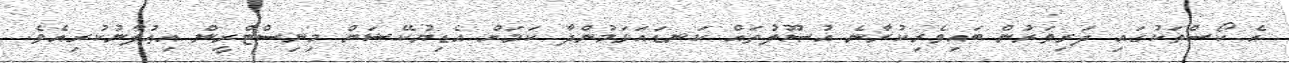
އެ ކޯސްތަކުގައި ދަރިވަރުން ބައިވެރިކުރާނެ އުޞޫލުތައް ކަނޑައަޅަމުންދާ ކަމަށް އެޑިޔުކޭޝަން މިނިސްޓްރީން އިޢުލާނުކުރިއެވެ.